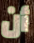
أن